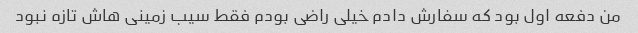
من دفعه اول بود که سفارش دادم خیلی راضی بودم فقط سیب زمینی هاش تازه نبود